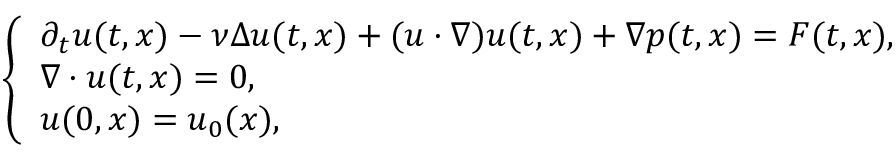
\left\{ \begin{array} { l l } { \partial _ { t } u ( t , x ) - \nu \Delta u ( t , x ) + ( u \cdot \nabla ) u ( t , x ) + \nabla p ( t , x ) = F ( t , x ) , } \\ { \nabla \cdot u ( t , x ) = 0 , } \\ { u ( 0 , x ) = u _ { 0 } ( x ) , } \end{array} \right.